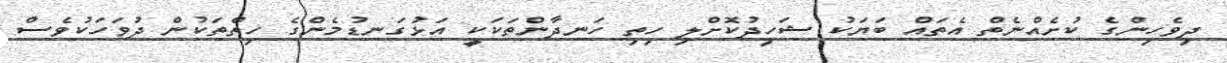
ދިވެހިންގެ ކުށެއްނެތް އެތައް ބަޔަކު ޝަހީދުކޮށްލި ހިތި ހަނދާންތަކަކީ އަޅުގަނޑުމެންގެ ހިތްތަކުން ދުވަހަކުވެސް